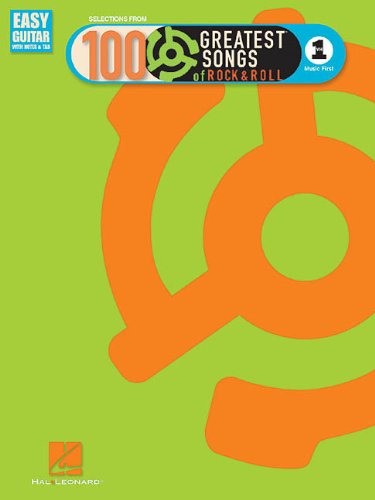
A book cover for VH1's 100 Greatest Songs of Rock & Roll: Easy Guitar with Notes & Tab Edition; Hal Leonard Corp.; Reference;